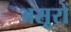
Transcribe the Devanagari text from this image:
असूरों